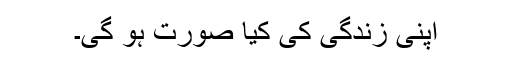
اپنی زندگی کی کیا صورت ہو گی۔